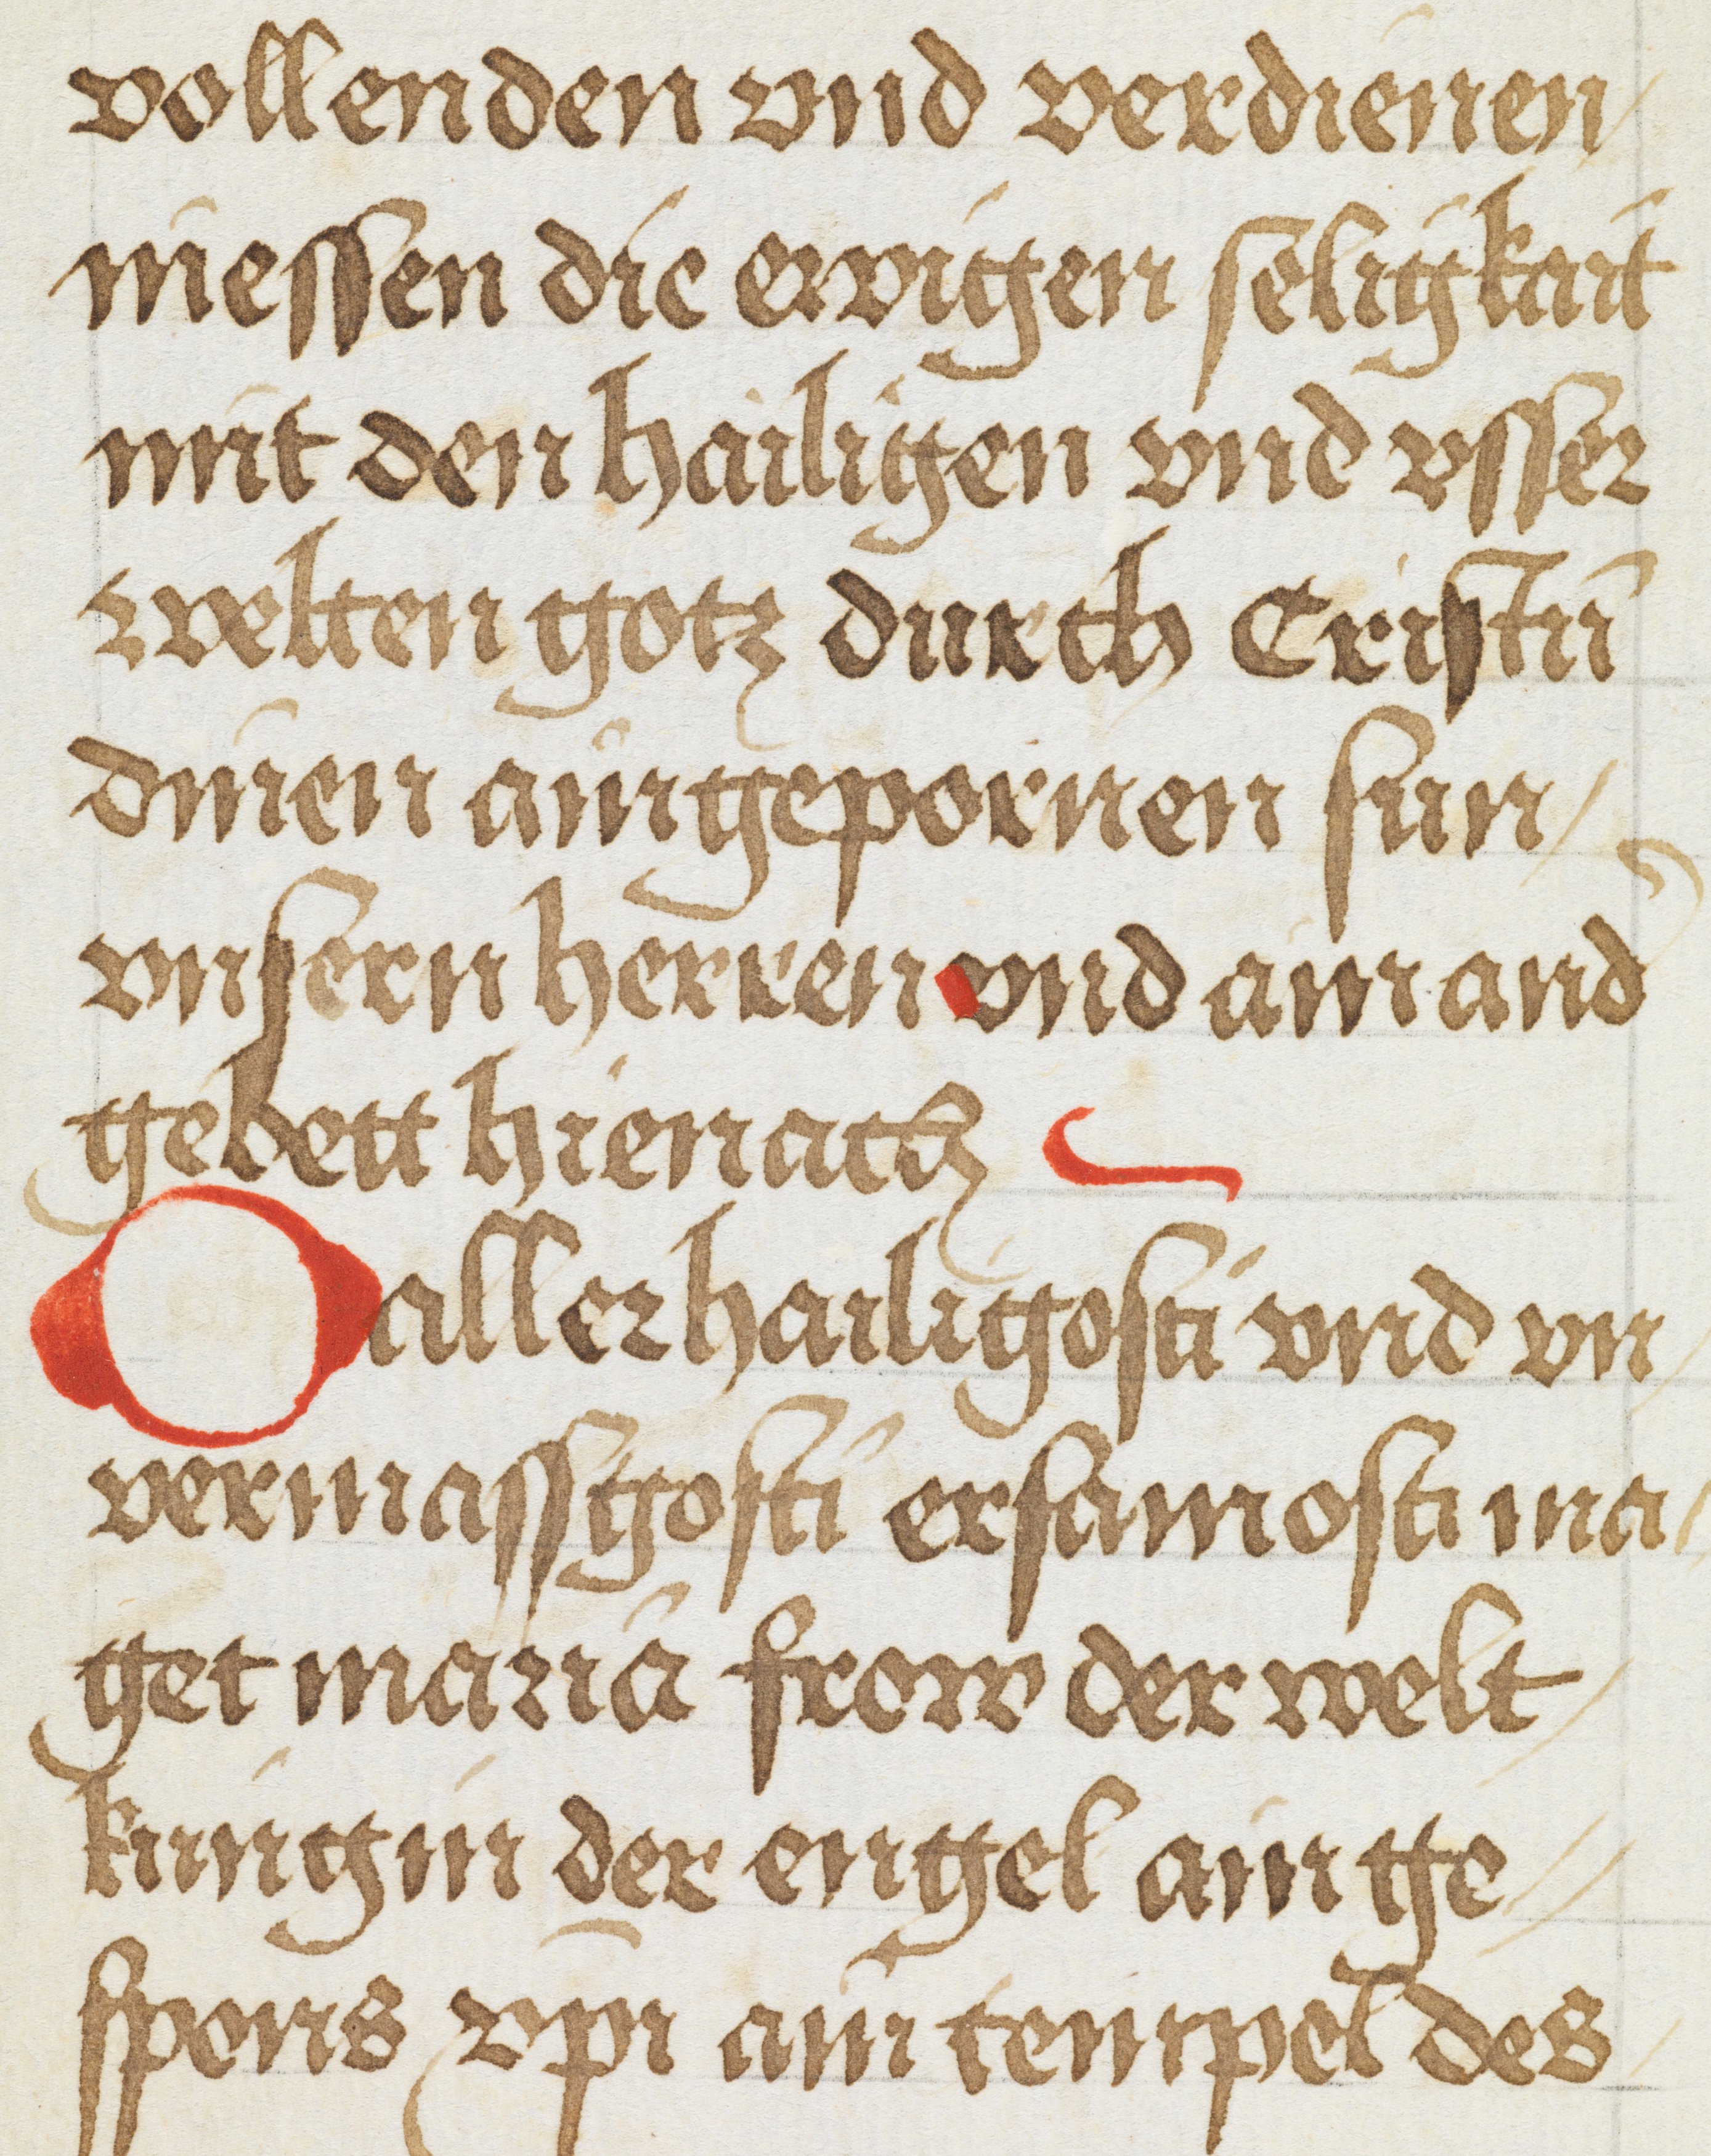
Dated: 1500–1524